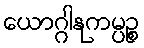
ယောဂ္ဂါနုကမ္ပဉ္စ